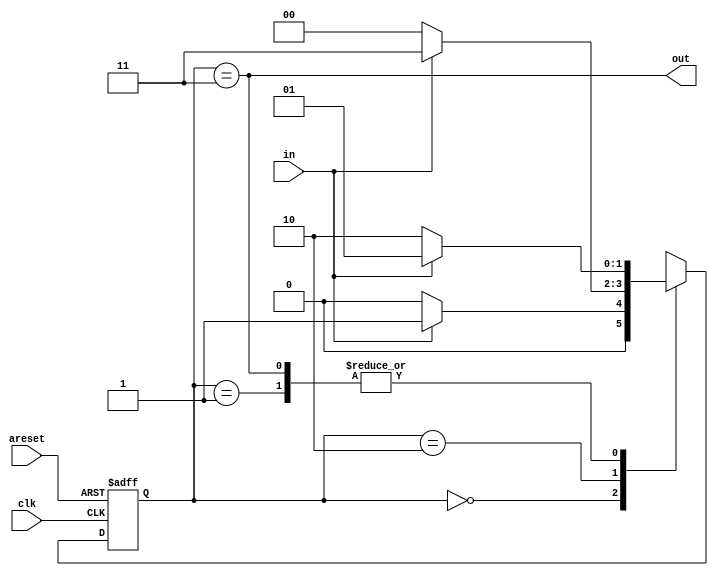
module top_module(
    input clk,
    input in,
    input areset,
    output out
); 
    
    reg [1:0] state, next_state;
    
    parameter A=0, B=1, C=2, D=3;

    // State transition logic
    always @(*) begin
        case (state)
            A: next_state = in ? B : A;
            B: next_state = in ? B : C;
            C: next_state = in ? D : A;
            D: next_state = in ? B : C;
        endcase
    end

    // State flip-flops with asynchronous reset
    always @(posedge clk or posedge areset) begin
        if (areset) state <= A;
        else state <= next_state;
    end

    // Output logic
    assign out = state == D;

endmodule